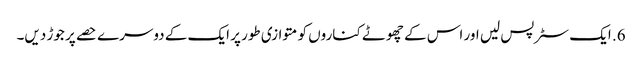
6. ایک سٹرپس لیں اور اس کے چھوٹے کناروں کو متوازی طور پر ایک کے دوسرے حصے پر جوڑ دیں۔